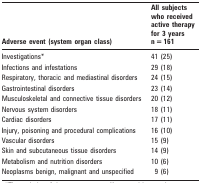
| Adverse event (system organ class) | All subjects who received active therapy for 3 years n = 161 |
 | --- | --- |
 | Investigations* | 41 (25) |
 | Infections and infestations | 29 (18) |
 | Respiratory, thoracic and mediastinal disorders | 24 (15) |
 | Gastrointestinal disorders | 23 (14) |
 | Musculoskeletal and connective tissue disorders | 20 (12) |
 | Nervous system disorders | 18 (11) |
 | Cardiac disorders | 17 (11) |
 | Injury, poisoning and procedural complications | 16 (10) |
 | Vascular disorders | 15 (9) |
 | Skin and subcutaneous tissue disorders | 14 (9) |
 | Metabolism and nutrition disorders | 10 (6) |
 | Neoplasms benign, malignant and unspecified | 9 (6) |